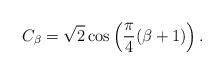
LaTeX: \begin{align*} C_{\beta} = \sqrt{2} \cos \left(\frac{\pi}{4} (\beta +1) \right).\end{align*}